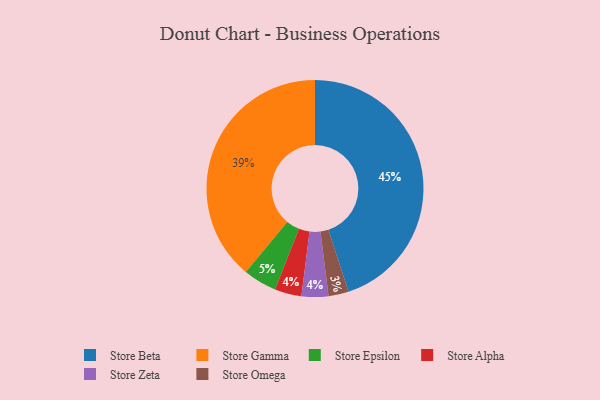
{"axis": {"x": "Category", "y": "Percentage"}, "legend": ["Store Alpha", "Store Beta", "Store Epsilon", "Store Gamma", "Store Omega", "Store Zeta"], "data": [{"x": "Store Beta", "y": 45, "type": "Store Beta"}, {"x": "Store Alpha", "y": 4, "type": "Store Alpha"}, {"x": "Store Zeta", "y": 4, "type": "Store Zeta"}, {"x": "Store Epsilon", "y": 5, "type": "Store Epsilon"}, {"x": "Store Gamma", "y": 39, "type": "Store Gamma"}, {"x": "Store Omega", "y": 3, "type": "Store Omega"}]}